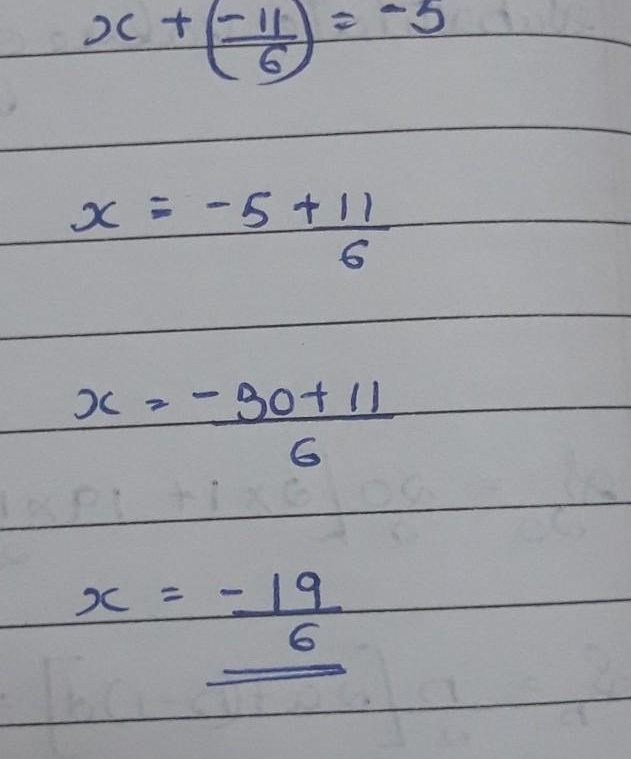
\[
\begin{align*}
x+\left(\frac{-11}{6}\right)&=-5\\
x&=-5+\frac{11}{6}\\
x&=\frac{-30 + 11}{6}\\
x&=-\frac{19}{6}
\end{align*}
\]